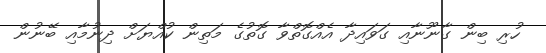
ހުރި ބިން ގާނޫނާއި ގަވައިދާ އެއްގޮތްވާ ގޮތުގެ މަތިން ކުއްޔަށް ދިނުމާއި ބޭނުން